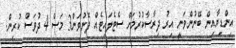
އިންޑިޔާއިން ބޭނުންވަނީ އިރު ދިރާސާކުރުމަށް ސެޓެލައިޓެއް ފޮނުވަން3 މަސް 4 ދުވަސް ކުރިން.